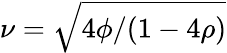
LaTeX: \nu=\sqrt{4\phi/(1-4\rho)}